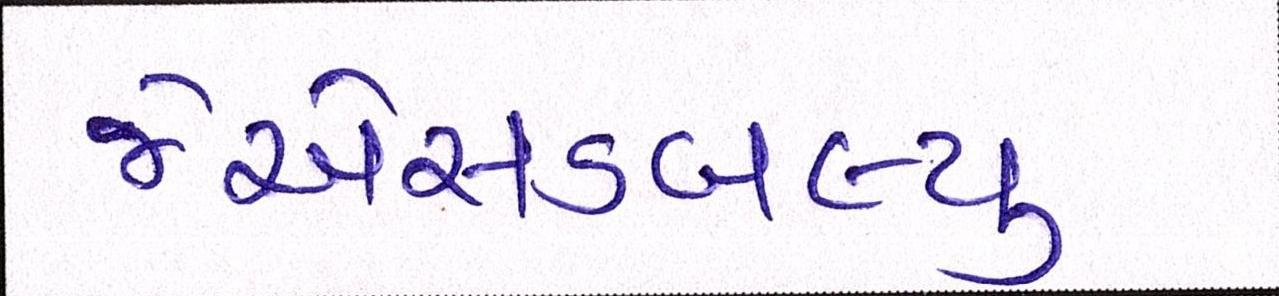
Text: જેએસડબલ્યુ